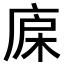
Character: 𣒷